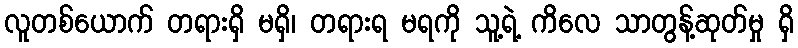
လူတစ်ယောက် တရားရှိ မရှိ၊ တရားရ မရကို သူ့ရဲ့ ကိလေ သာတွန့်ဆုတ်မှု ရှိ